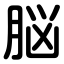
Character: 脳